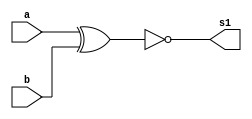
// ---------------------
// COMPARADOR DE IGUALDADE
// Nome: Marcos Antonio lommez Candido Ribeiro
// 25/09/2022
// ---------------------


// -------------------------
// comparador de igualdade
// -------------------------
module equalityComparator ( output s1, input a, input b);
    xnor XNOR2 ( s1, a, b );
endmodule // equalityComparator


module test_equalityComparator;
    // ------------------------- definir dados
    reg [4:0] x;
    reg [4:0] y;
    wire result;
    wire w0;
    wire w1;
    wire w2;
    wire w3;
    wire w4;

    equalityComparator EC0 ( w0, x[0], y[0] );
    equalityComparator EC1 ( w1, x[1], y[1] );
    equalityComparator EC2 ( w2, x[2], y[2] );
    equalityComparator EC3 ( w3, x[3], y[3] );
    equalityComparator EC4 ( w4, x[4], y[4] );
    and AND1 (result, w0, w1, w2, w3, w4);

    // ------------------------- parte principal
    initial 
        begin
            $display("Ex0803 - Marcos Antonio Lommez - 771157");
            $display("---- 5 bits equality ----");

            // projetar testes do somador completo
            $display("  x     y        s  ");
            $monitor("%b %b      %b ", x, y, result);
               x = 5'b00000; y = 5'b00000;
            #1 x = 5'b00000; y = 5'b00001;
            #1 x = 5'b00111; y = 5'b00111;
            #1 x = 5'b00111; y = 5'b11001;
            #1 x = 5'b11111; y = 5'b11111;
        end
endmodule // test_fullAdder